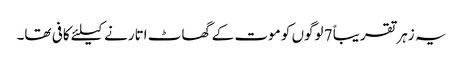
یہ زہر تقریباً 7 لوگوں کو موت کے گھاٹ اتارنے کیلئے کافی تھا۔